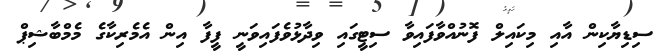
ސިޑިޔާކިން އާއި މިކައިލް ފޮނުއްވާފައިވާ ސިޓީގައި ވިދާޅުވެފައިވަނީ ފީފާ އިން އެމެރިކާގެ މެމްބާޝިޕް